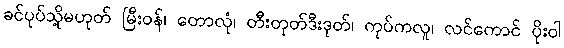
ခင်ပုပ်သို့မဟုတ် မြီးဝန်၊ တောလုံ၊ တီးတုတ်ဒီးဒုတ်၊ ကုပ်ကလူ၊ လင်ကောင် ပိုးဝါ